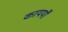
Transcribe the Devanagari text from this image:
कायर्यों